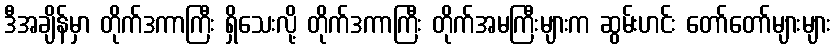
ဒီအချိန်မှာ တိုက်ဒကာကြီး ရှိသေးလို့ တိုက်ဒကာကြီး တိုက်အမကြီးများက ဆွမ်းဟင်း တော်တော်များများ